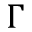
\Gamma